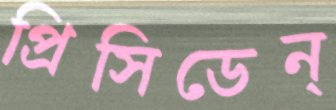
প্রিসিডেন্